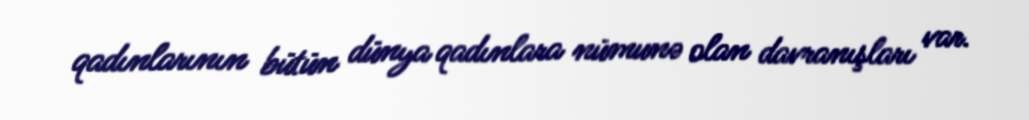
qadınlarının bütün dünya qadınlara nümunə olan davranışları var.